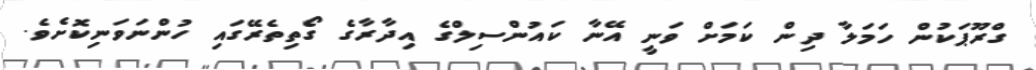
ގްރޫޕަކުން ހަމަލާ ދިން ކަމަށް ވަނީ އޭނާ ކައުންސިލްގެ އިދާރާގެ ގޯތިތެރޭގައި ހުންނަވަނިކޮށެވެ.